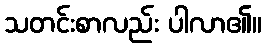
သတင်းစာလည်း ပါလာ၏။